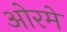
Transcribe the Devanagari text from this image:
ओरमे